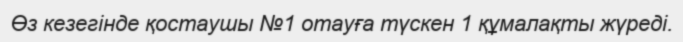
Өз кезегінде қостаушы №1 отауға түскен 1 құмалақты жүреді.